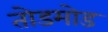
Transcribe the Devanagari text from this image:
तोडमोड